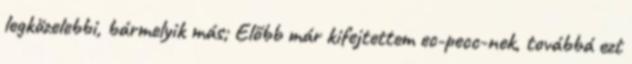
legközelebbi, bármelyik más; Előbb már kifejtettem ec-pecc-nek, továbbá ezt